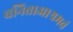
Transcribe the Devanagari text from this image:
वनिताआश्रमचं